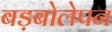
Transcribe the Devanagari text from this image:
बड़बोलेपन